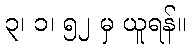
၃၊ ၁၊ ၅၂ မှ ယူရန်။